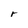
Character: r